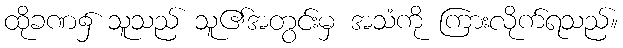
ထိုခဏ၌ သူသည် သူ၏အတွင်းမှ အသံကို ကြားလိုက်ရသည်။